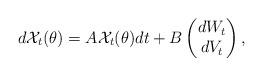
LaTeX: \begin{align*}d\mathcal{X}_t(\theta)=A\mathcal{X}_t(\theta)dt+B \begin{pmatrix}dW_t\\dV_t\end{pmatrix},\end{align*}